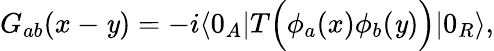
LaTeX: G_{ab}(x-\mathit{y})=-i\langle0_{A}|T\Big(\phi_{a}(x)\phi_{b}(\mathit{y})\Big)|0_{R}\rangle,